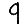
Digit: 9